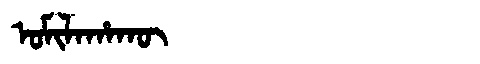
Manchu: ᠣᠮᡳᠯᠠᡥᠠᡴᡡ
Romanization: OMILAHAKŪ